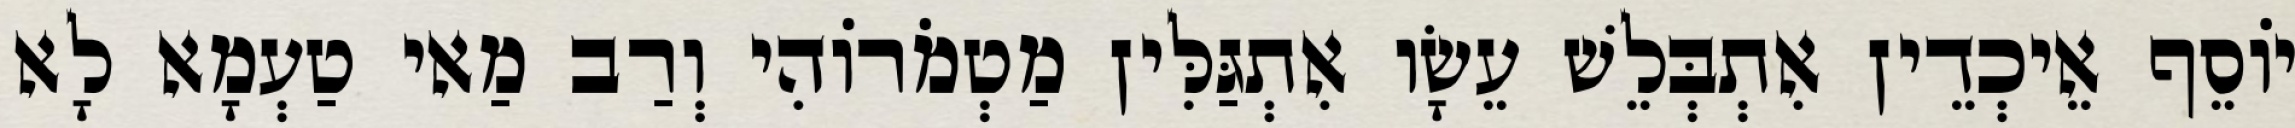
יוֹסֵף אֵיכְדֵין אִתְבְּלֵשׁ עֵשָׂו אִתְגַּלִּין מַטְמֹרוֹהִי וְרַב מַאי טַעְמָא לָא